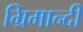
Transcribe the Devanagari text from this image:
ग्रिमान्दी